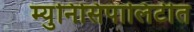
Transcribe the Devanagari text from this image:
म्युनिसिपालिटीत